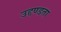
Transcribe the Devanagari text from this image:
उद्दण्डता